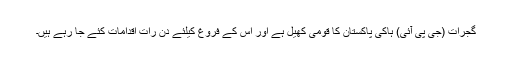
گجرات (جی پی آئی) ہاکی پاکستان کا قومی کھیل ہے اور اس کے فروغ کیلئے دن رات اقدامات کئے جا رہے ہیں۔